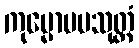
ကုမ္မောပမသုတ္တံ